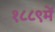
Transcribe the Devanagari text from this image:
१८८९में